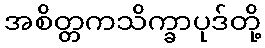
အစိတ္တကသိက္ခာပုဒ်တို့